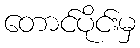
တောင်ပိုင်းမှ